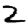
Digit: 2